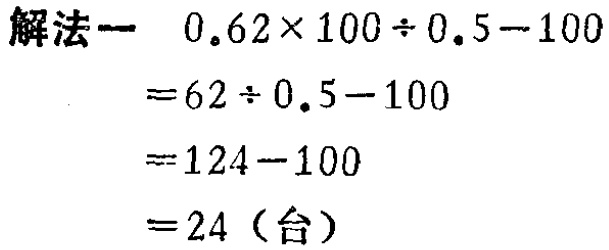
解法一  \(0.62\times 100\div 0.5 - 100\)
\(=62\div 0.5 - 100\)
\(=124 - 100\)
\(=24\)（台）